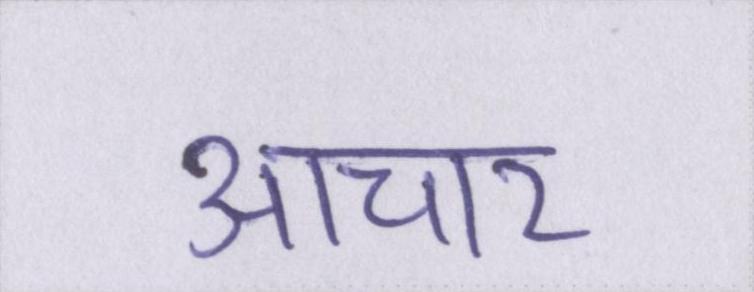
आचार